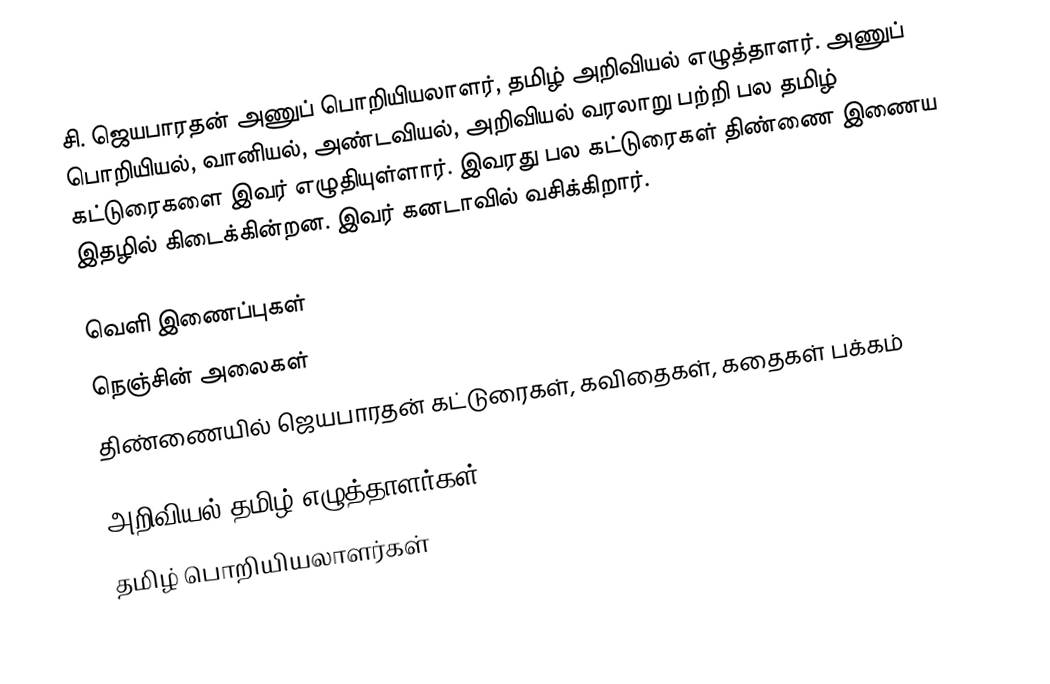
சி. ஜெயபாரதன் அணுப் பொறியியலாளர், தமிழ் அறிவியல் எழுத்தாளர்.  அணுப் பொறியியல், வானியல், அண்டவியல், அறிவியல் வரலாறு பற்றி பல தமிழ் கட்டுரைகளை இவர் எழுதியுள்ளார்.  இவரது பல கட்டுரைகள் திண்ணை இணைய இதழில் கிடைக்கின்றன.  இவர் கனடாவில் வசிக்கிறார்.

வெளி இணைப்புகள்
 நெஞ்சின் அலைகள்
 திண்ணையில் ஜெயபாரதன் கட்டுரைகள், கவிதைகள், கதைகள் பக்கம்

அறிவியல் தமிழ் எழுத்தாளர்கள்
தமிழ் பொறியியலாளர்கள்